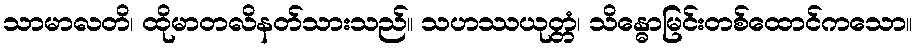
သာမာလတိ၊ ထိုမာတလိနတ်သားသည်။ သဟဿယုတ္တံ၊ သိန္ဓောမြင်းတစ်ထောင်ကသော။